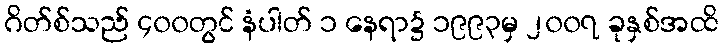
ဂိတ်စ်သည် ၄၀၀တွင် နံပါတ် ၁ နေရာ၌ ၁၉၉၃မှ ၂၀၀၇ ခုနှစ်အထိ